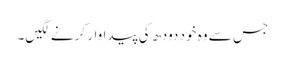
جس سے وہ خود دودھ کی پیداوار کرنے لگیں۔